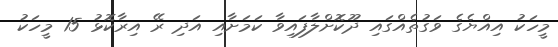
މީހަކު އިއްޔެގެ ވަގުތެއްގައި ދޫކޮށްލާފައިވާ ކަމަށާއި އަދި ރޭ އިރާކޮޅު 15 މީހަކު